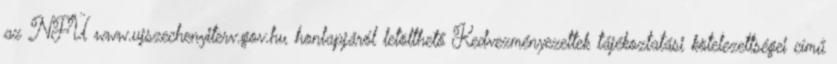
az NFÜ www.ujszechenyiterv.gov.hu honlapjáról letölthető Kedvezményezettek tájékoztatási kötelezettségei című